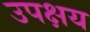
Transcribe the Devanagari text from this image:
उपक्षय